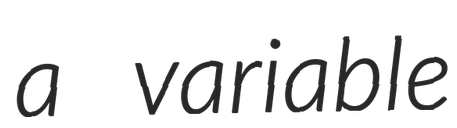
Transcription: a variable